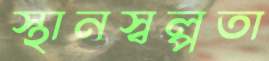
স্থানস্বল্পতা